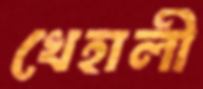
খেহালী